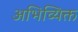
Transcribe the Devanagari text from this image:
अभिव्यिक्त